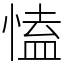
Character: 㥺